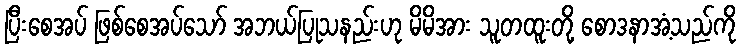
ပြီးစေအပ် ဖြစ်စေအပ်သော် အဘယ်ပြုသနည်းဟု မိမိအား သူတထူးတို့ စောဒနာအံ့သည်ကို